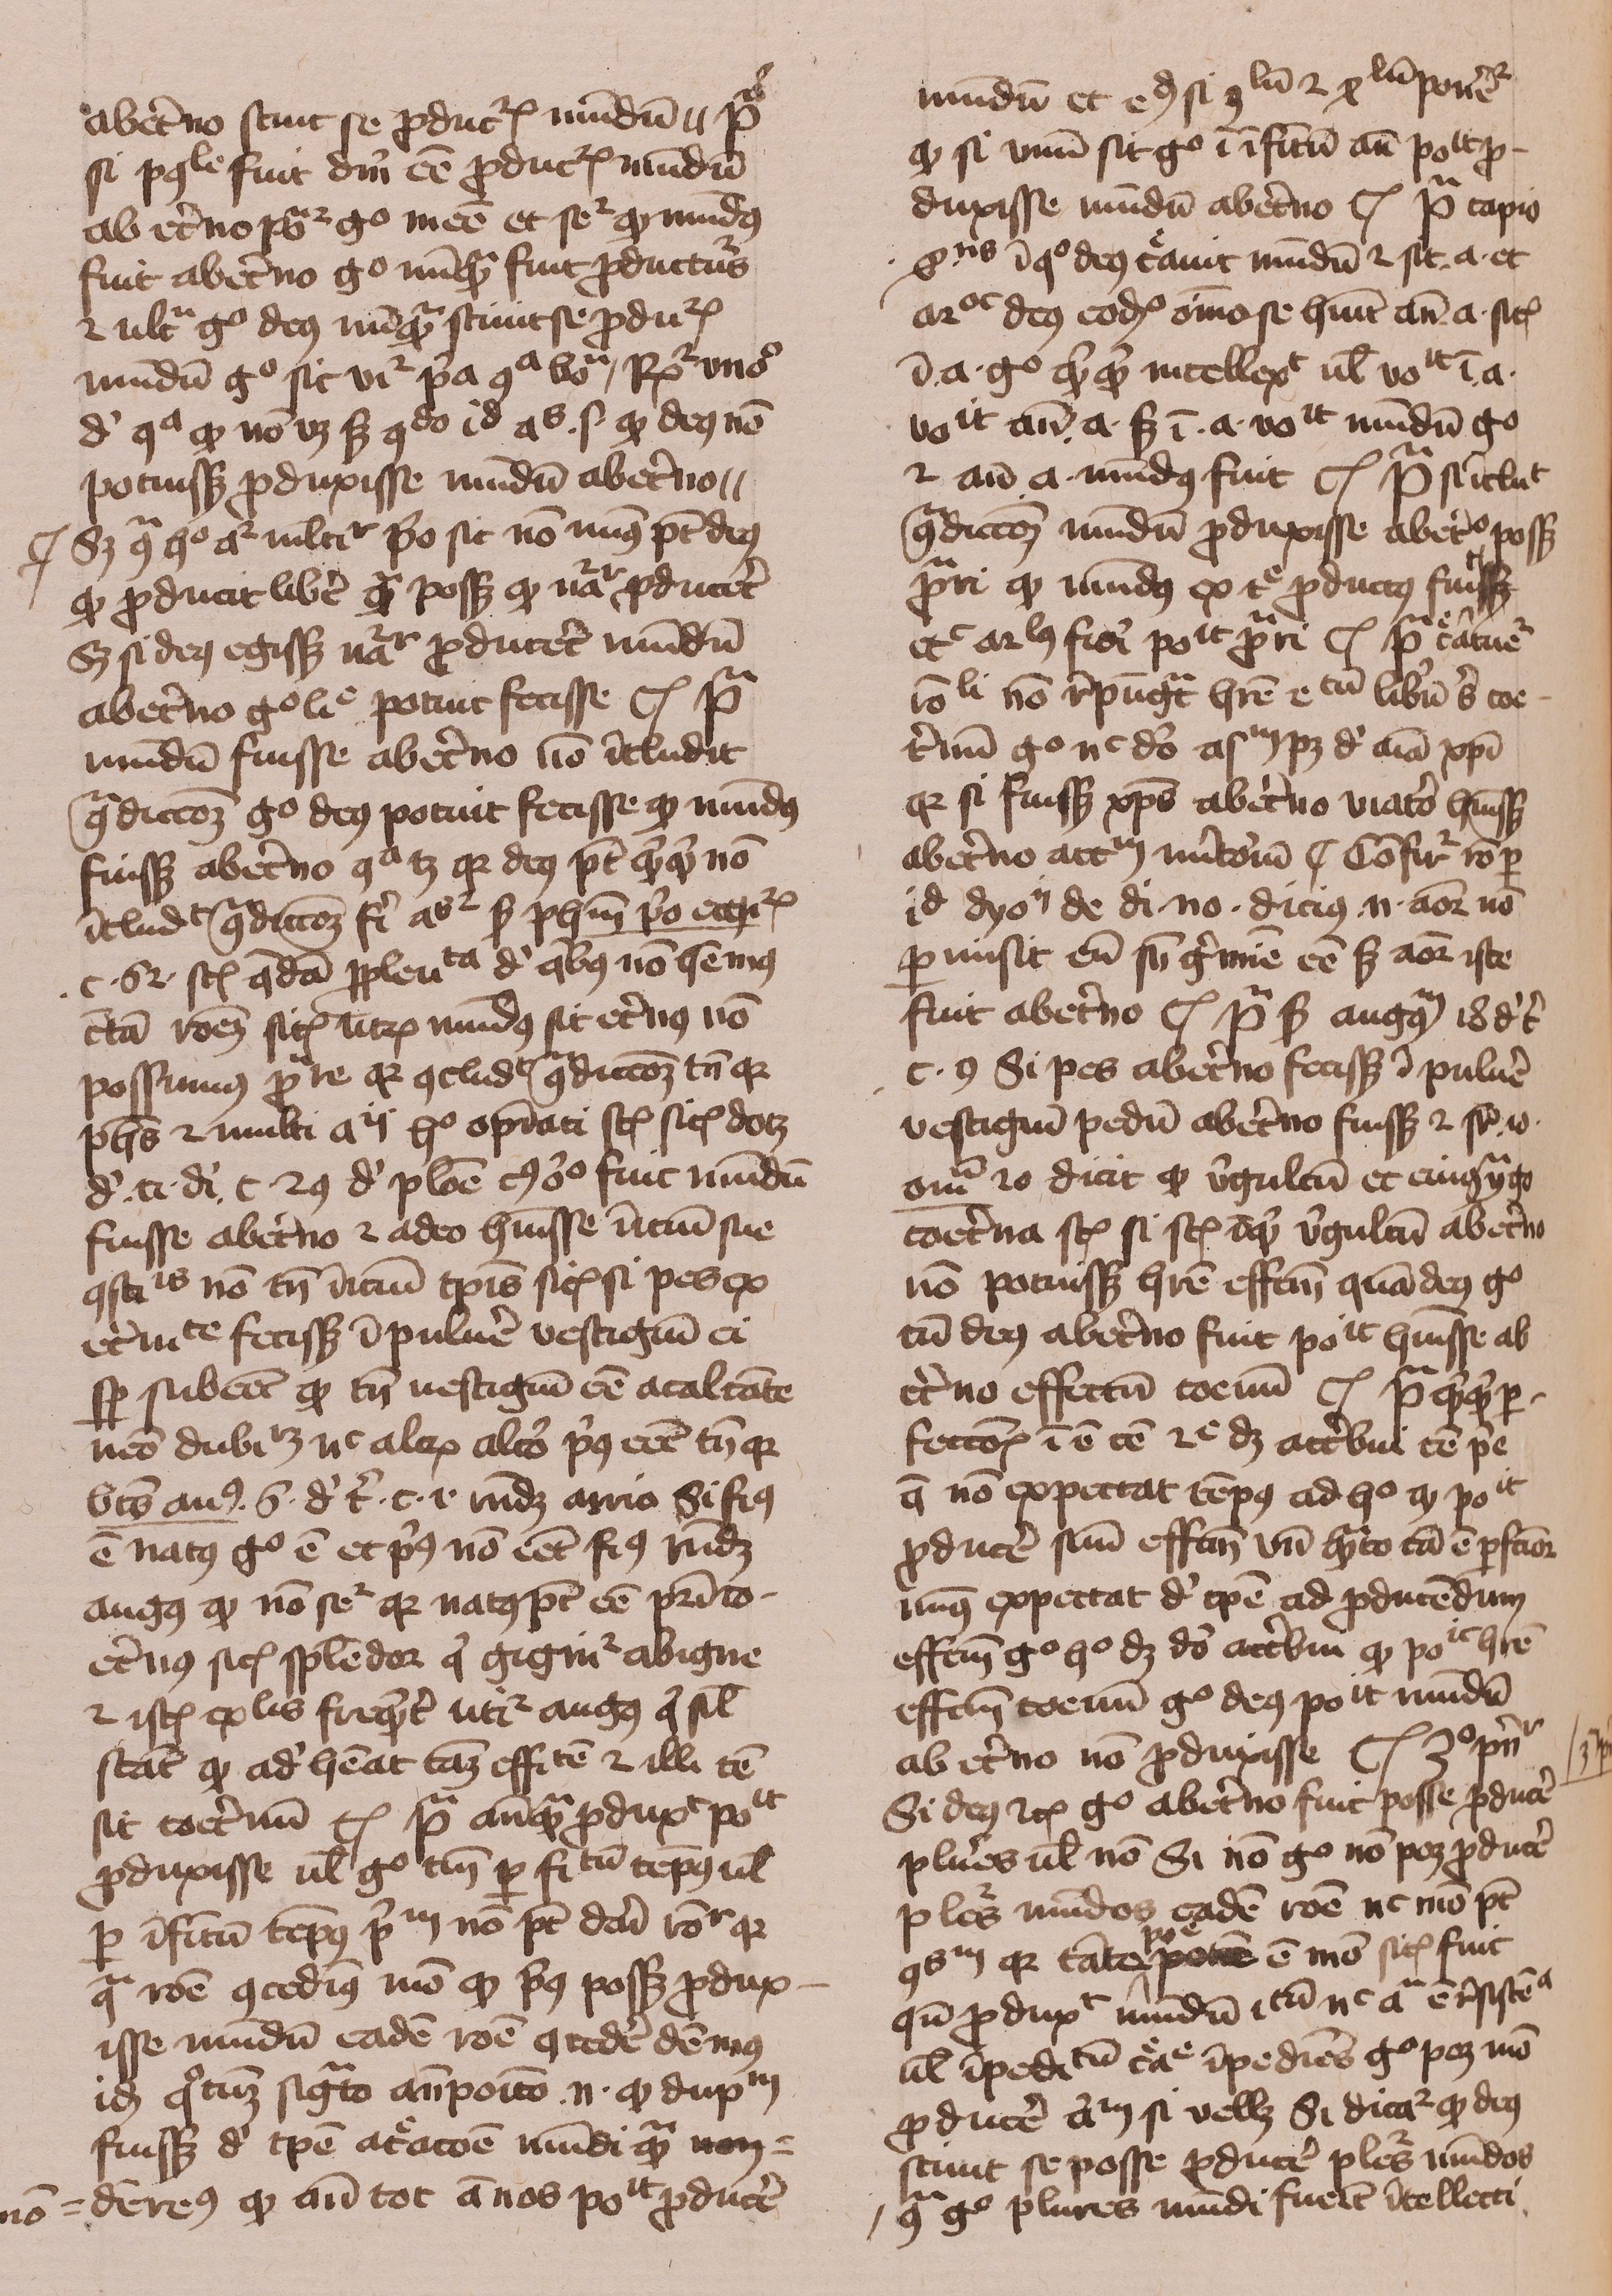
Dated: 1429–1431